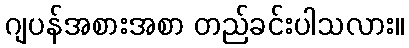
ဂျပန်အစားအစာ တည်ခင်းပါသလား။